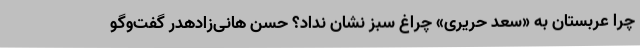
چرا عربستان به «سعد حریری» چراغ سبز نشان نداد؟ حسن هانی‌زادهدر گفت‌وگو